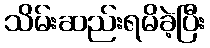
သိမ်းဆည်းရမိခဲ့ပြီး